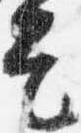
是